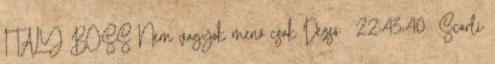
ITALY BOSS Nem vagyok menő csak Dezső: 22:43:40 Scarli